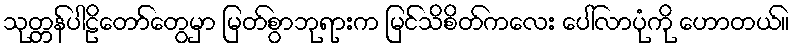
သုတ္တန်ပါဠိတော်တွေမှာ မြတ်စွာဘုရားက မြင်သိစိတ်ကလေး ပေါ်လာပုံကို ဟောတယ်။